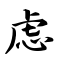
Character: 虑